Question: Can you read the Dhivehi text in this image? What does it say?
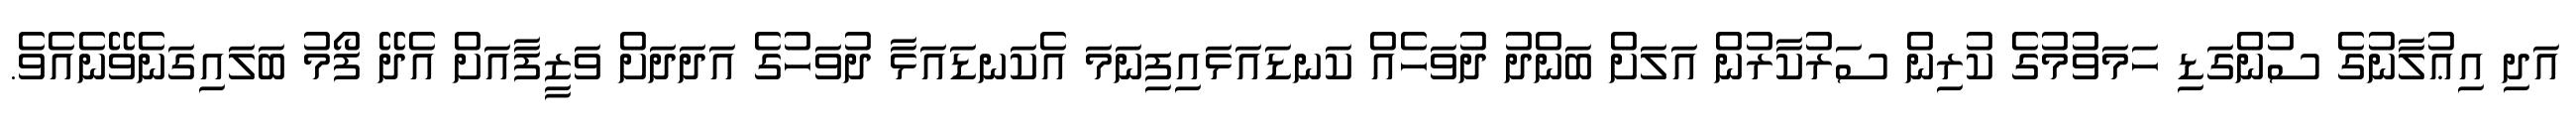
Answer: އަދި އިޢުލާނުގެ ސުންގަޑި ހަމަވުމުގެ ކުރިން ސަރުކާރުން އަލަށް ބަންދު ދުވަހެއް ކަނޑައަޅައިފިނަމަ އެކަނޑައަޅާ ދުވަހުގެ އަދަދަށް ވަޒީފާއަށް އެދޭ ފޯމު ބަލައިގަނެވޭނެއެވެ.